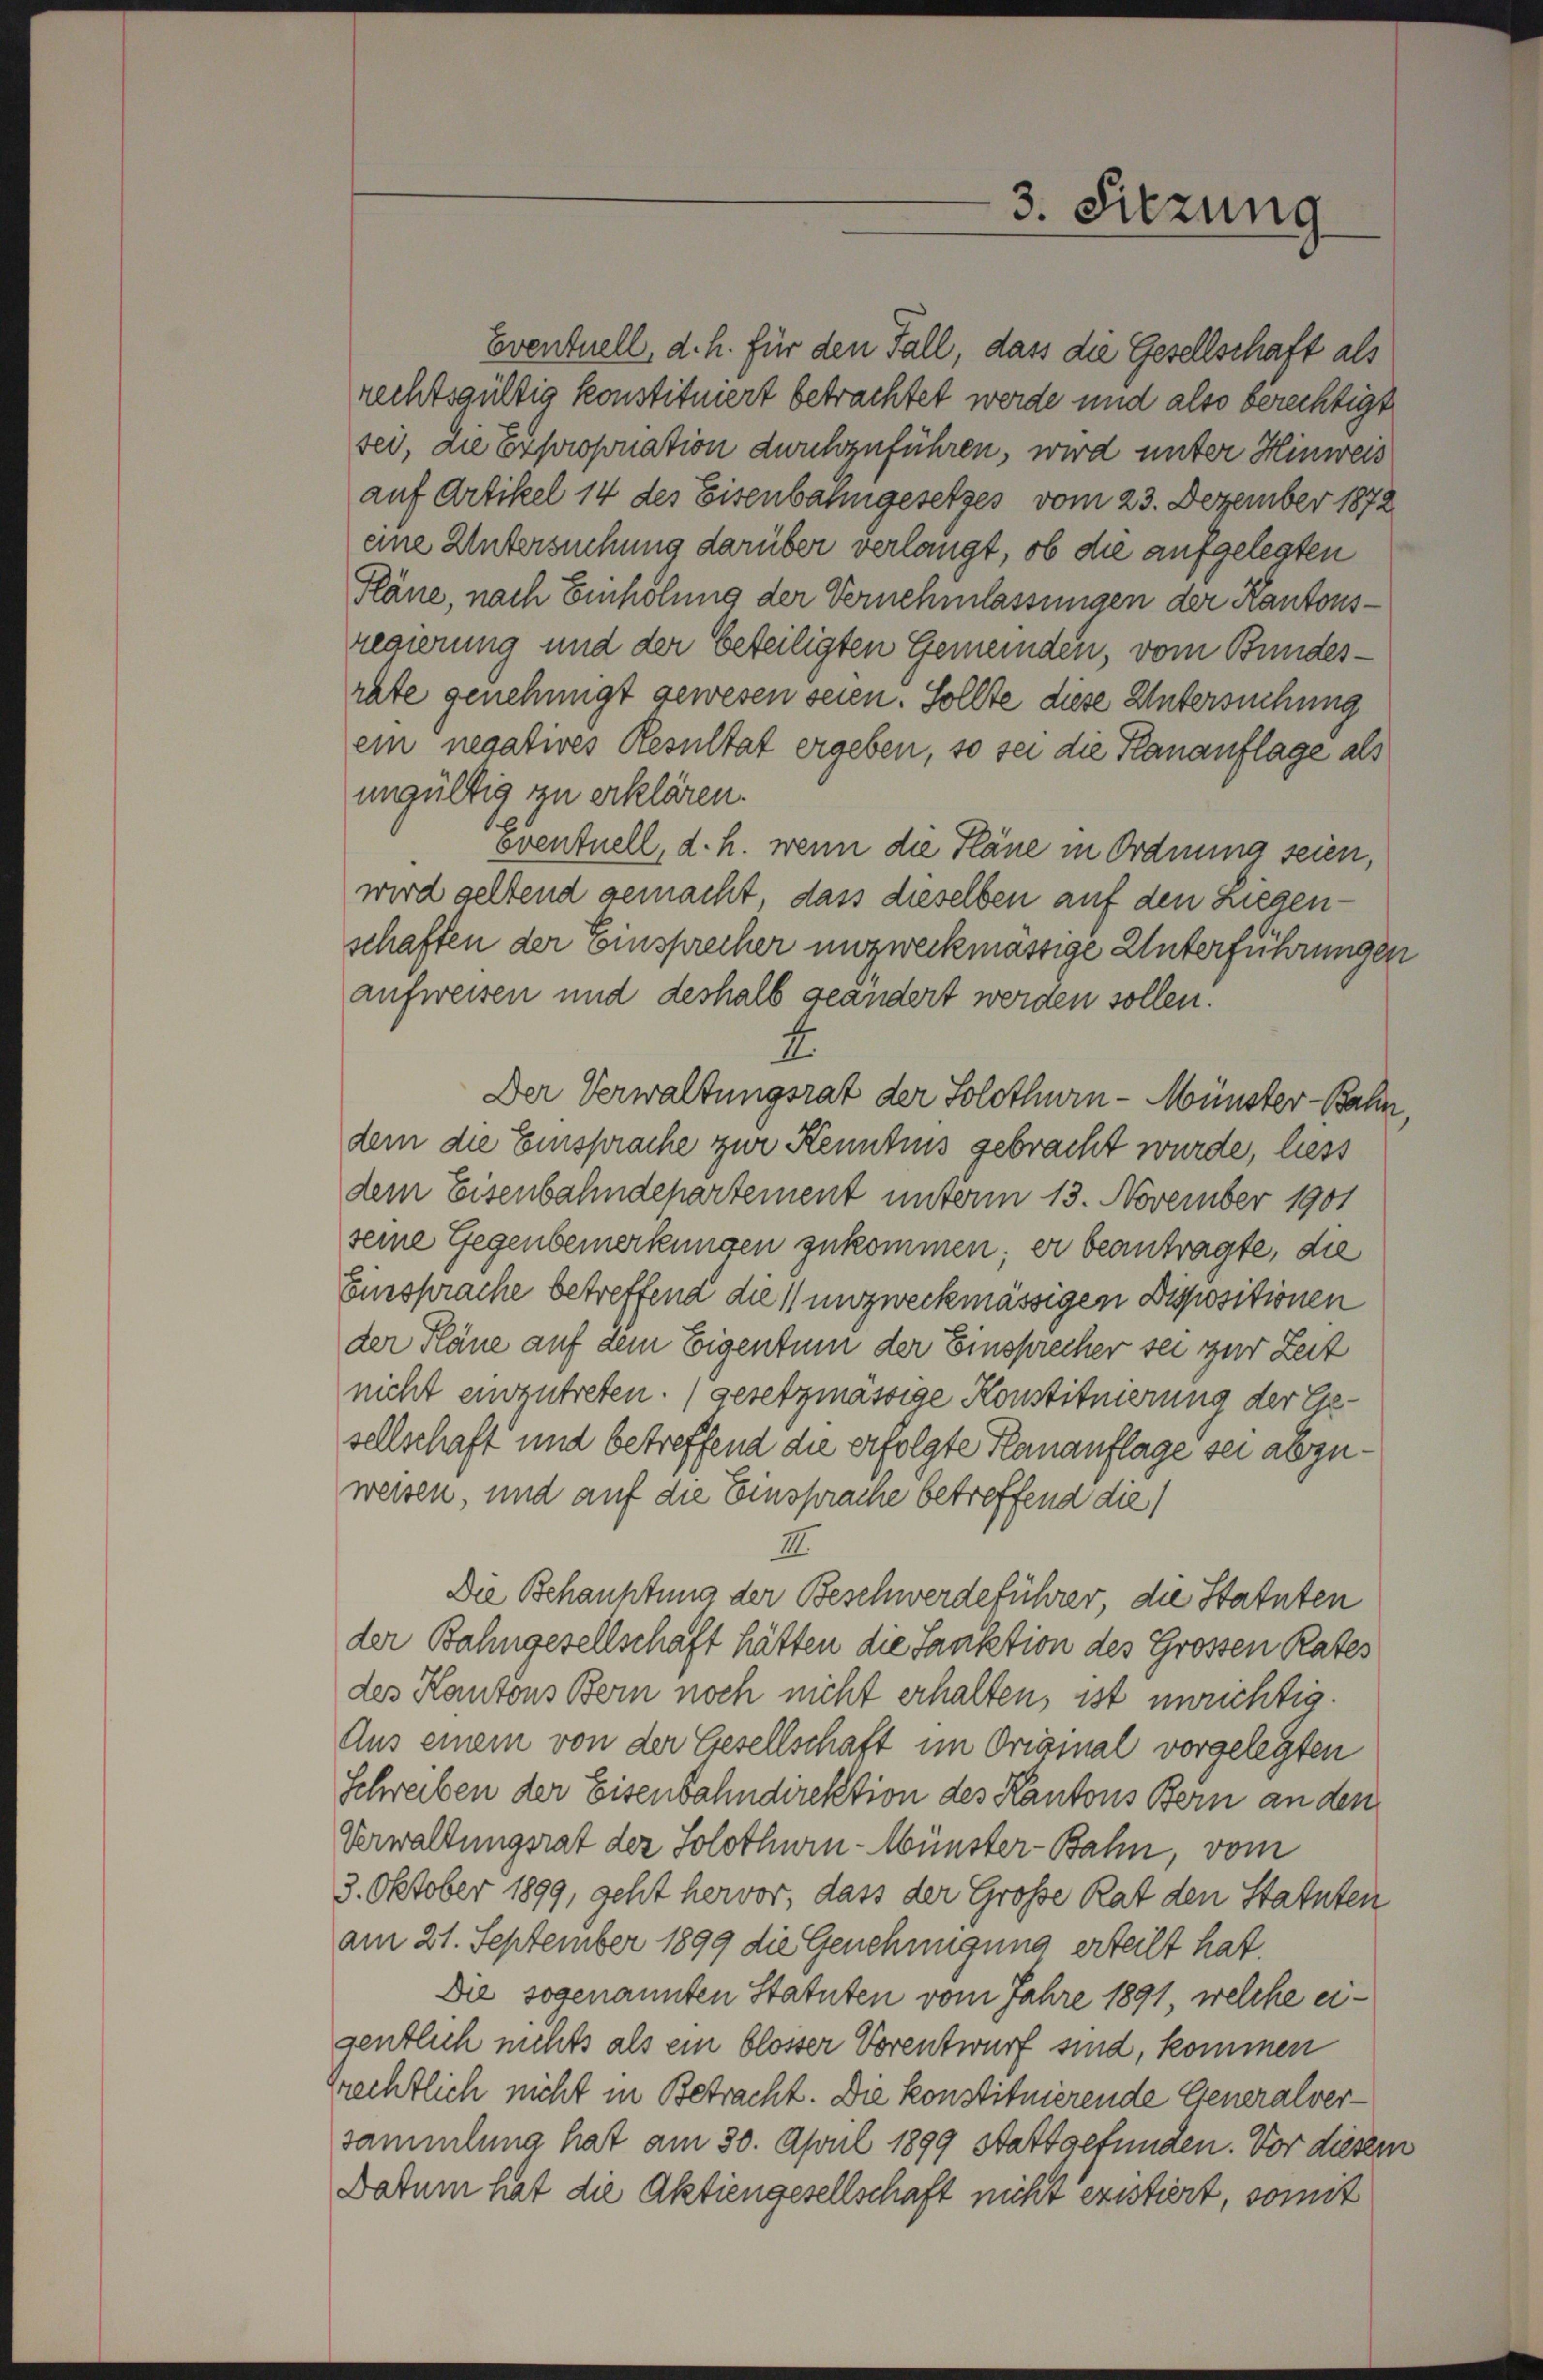
Eventuell, d. h. für den Fall, dass die Gesellschaft als
rechtsgültig konstituiert betrachtet werde und also berechtigt
sei, die Exproponation durchzuführen, wird unter Hinweis
auf Artikel 14 des Eisenbahngesetzes vom 23. Dezember 1872
eine Untersuchung darüber verlangt, ob die aufgelegten
Pläne, nach Einholung der Vernehmlassungen der Kantonsregierung und der beteiligten Gemeinden, vom Bundesrate genehmigt gewesen seien. Sollte diese Untersuchung
ein negatives Resultat ergeben, so sei die Planauflage als
ungültig zu erklären.
oventuell, d. h. wenn die Pläne in Ordnung seien,
wird geltend gemacht, dass dieselben auf den Liegenschaften der Einsprecher unzweckmässige Unterführungen
aufweisen und deshalb geändert werden sollen.
4.
Der Verwaltungsrat der Solothurn - Münster-Bahn
dem die Einsprache zur Kenntnis gebracht wurde, liess
dem Eisenbahndepartement unterm 13. November 1901
seine Gegenbemerkungen zukommen; er beantragte, die
Einsprache betreffend die 1) unzweckmässigen Dispositionen
der Pläne auf dem Eigentum der Einsprecher sei zur Zeit
nicht einzutreten.) gesetzmässige Konstituierung der Exesellschaft und betreffend die erfolgte Kananflage sei abzuweisen, und auf die Einsprache betreffend die
III.
Die Behauptung der Beschwerdeführer die Statuten
der Bahngesellschaft hätten die Sanktion des Grossen Rates
des Kantons Bern noch nicht erhalten, ist unrichtig.
Aus einem von der Gesellschaft im Original vorgelegten
Schreiben der Eisenbahndirektion des Kantons Bern an den
Verwaltungsrat der Solothurn - Wünster-Bahn, vom
3. Oktober 1899, geht hervor, dass der Große Rat den Statuten
am 21. September 1899 die Genehmigung erteilt hat.
Die sogenannten Statuten vom Jahre 1891, welche eigentlich nichts als ein blosser Vorentwurf sind, kommen
zrechtlich nicht in Betracht. Die konstituierende Generalversammlung hat am 30. April 1899 stattgefunden. Vor diesem
Datum hat die Aktiengesellschaft nicht existiert, somit

3. Sitzung